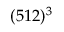
( 5 1 2 ) ^ { 3 }